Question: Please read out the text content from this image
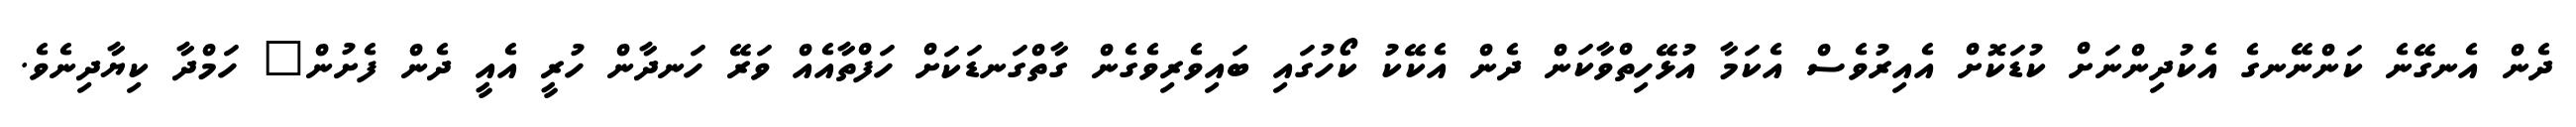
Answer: ދެން އެނގޭނެ ކަންނޭނގެ އެކުދިންނަށް ކުޑަކޮށް އެއިރުވެސް އެކަމާ އުޅޭހިތްވާކަން ދެން އެކޭކު ކޯހުގައި ބައިވެރިވެގެން ގާތްގަނޑަކަށް ހަފްތާއެއް ވަރޭ ހަނދާން ހުރީ އެއީ ދެން ފެށުން" ހަމްދާ ކިޔާދިނެވެ.